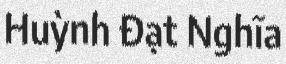
Huỳnh Đạt Nghĩa